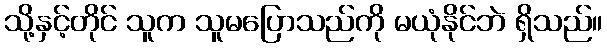
သို့နှင့်တိုင် သူက သူမပြောသည်ကို မယုံနိုင်ဘဲ ရှိသည်။